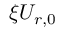
\xi U _ { r , 0 }